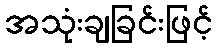
အသုံးချခြင်းဖြင့်